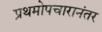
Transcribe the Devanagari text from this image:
प्रथमोपचारानंतर